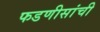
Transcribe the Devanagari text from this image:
फडणीसांची